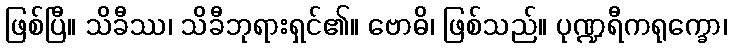
ဖြစ်ပြီ။ သိခီဿ၊ သိခီဘုရားရှင်၏။ ဗောဓိ၊ ဖြစ်သည်။ ပုဏ္ဍရီကရုက္ခော၊